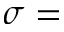
\sigma =